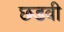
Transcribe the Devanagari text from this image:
छडवी